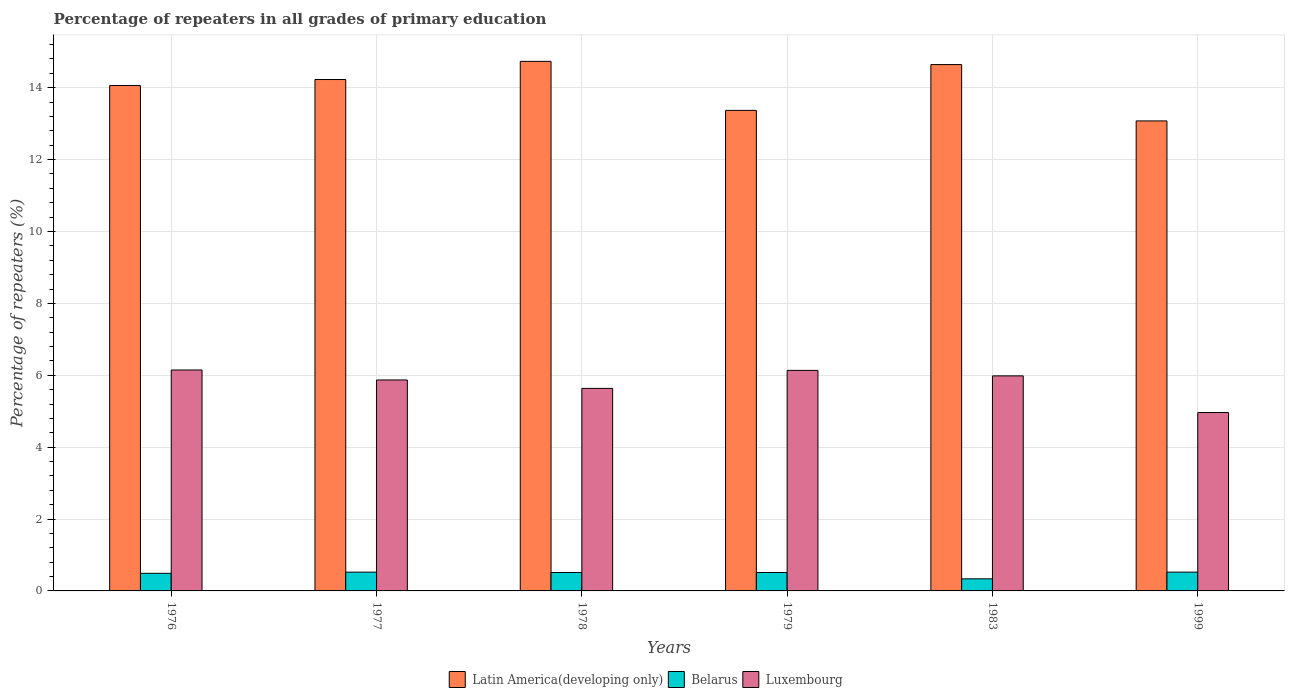
| Years | Latin America(developing only) | Belarus | Luxembourg |
 | --- | --- | --- | --- |
 | 1976 | 14.1 | 0.49 | 6.15 |
 | 1977 | 14.2 | 0.523 | 5.87 |
 | 1978 | 14.7 | 0.513 | 5.63 |
 | 1979 | 13.4 | 0.513 | 6.14 |
 | 1983 | 14.6 | 0.337 | 5.98 |
 | 1999 | 13.1 | 0.523 | 4.96 |